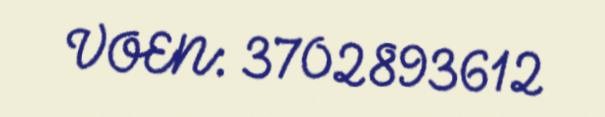
VOEN: 3702893612